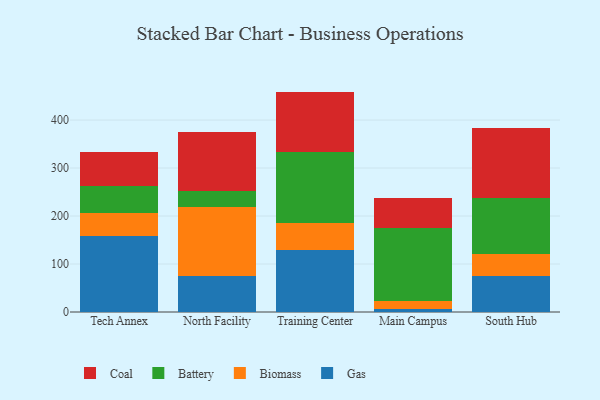
{"axis": {"x": "Campus", "y": "Humidity (%)"}, "legend": ["Battery", "Biomass", "Coal", "Gas"], "data": [{"x": "Tech Annex", "y": 158.3, "type": "Gas"}, {"x": "Tech Annex", "y": 48.1, "type": "Biomass"}, {"x": "Tech Annex", "y": 56.3, "type": "Battery"}, {"x": "Tech Annex", "y": 69.9, "type": "Coal"}, {"x": "North Facility", "y": 75.6, "type": "Gas"}, {"x": "North Facility", "y": 142.7, "type": "Biomass"}, {"x": "North Facility", "y": 34.8, "type": "Battery"}, {"x": "North Facility", "y": 122.7, "type": "Coal"}, {"x": "Training Center", "y": 128.6, "type": "Gas"}, {"x": "Training Center", "y": 56.0, "type": "Biomass"}, {"x": "Training Center", "y": 149.7, "type": "Battery"}, {"x": "Training Center", "y": 125.0, "type": "Coal"}, {"x": "Main Campus", "y": 6.3, "type": "Gas"}, {"x": "Main Campus", "y": 17.3, "type": "Biomass"}, {"x": "Main Campus", "y": 151.2, "type": "Battery"}, {"x": "Main Campus", "y": 63.4, "type": "Coal"}, {"x": "South Hub", "y": 75.7, "type": "Gas"}, {"x": "South Hub", "y": 44.3, "type": "Biomass"}, {"x": "South Hub", "y": 117.7, "type": "Battery"}, {"x": "South Hub", "y": 145.2, "type": "Coal"}]}